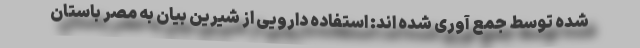
شده توسط جمع آوری شده اند: استفاده دارویی از شیرین بیان به مصر باستان